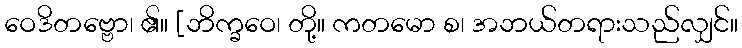
ဝေဒိတဗ္ဗော၊ ၏။ [ဘိက္ခဝေ၊ တို့။ ကတမော စ၊ အဘယ်တရားသည်လျှင်။